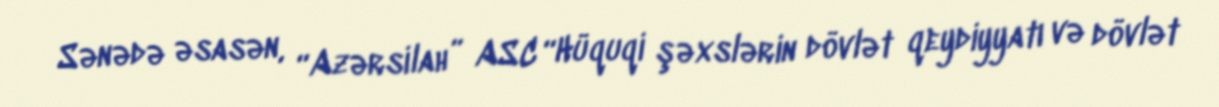
Sənədə əsasən, “Azərsilah” ASC “Hüquqi şəxslərin dövlət qeydiyyatı və dövlət